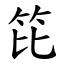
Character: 笓